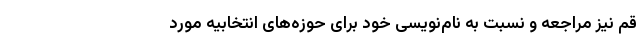
قم نیز مراجعه و نسبت به نام‌نویسی خود برای حوزه‌های انتخابیه مورد